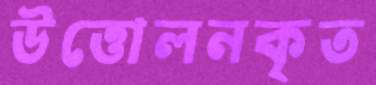
উত্তোলনকৃত